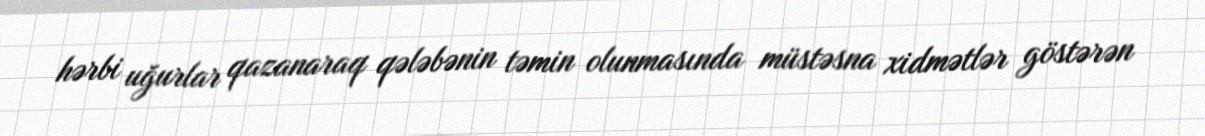
hərbi uğurlar qazanaraq qələbənin təmin olunmasında müstəsna xidmətlər göstərən